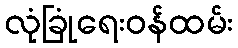
လုံခြုံရေးဝန်ထမ်း